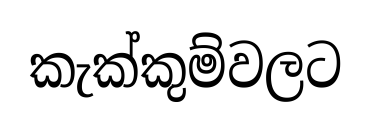
කැක්කුම්වලට